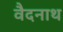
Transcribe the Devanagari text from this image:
वैदनाथ